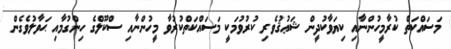
މަސައްކަތް ކުރާމީހުންނާއި ކިޔަވާކުދީން ޝަޢުޤުވެރި ކުރުވުމަކީ މަސައްކަތްކުރުވާ މީހުންނާއި ސްކޫލްގެ ހިންގުމާއި ޙަވާލުވެގެން